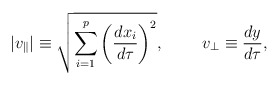
\begin{align*}|v_{\parallel}|\equiv\sqrt{\sum^p_{i=1}\left({{dx_i}\over{d\tau}}\right)^2},\ \ \ \ \ \ \ v_{\perp}\equiv{{dy}\over{d\tau}},\end{align*}